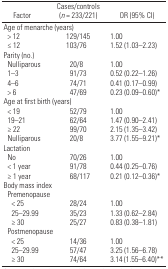
| Factor | Cases/controls (n = 233/221) | OR (95% CI) |
 | --- | --- | --- |
 | <COLSPAN=3> Age of menarche (years) |
 | > 12 | 129/145 | 1.00 |
 | ≤ 12 | 103/76 | 1.52 (1.03–2.23) |
 | <COLSPAN=3> Parity (no.) |
 | Nulliparous | 20/8 | 1.00 |
 | 1–3 | 91/73 | 0.52 (0.22–1.26) |
 | 4–6 | 74/71 | 0.41 (0.17–0.99) |
 | > 6 | 47/69 | 0.23 (0.09–0.60)* |
 | <COLSPAN=3> Age at first birth (years) |
 | < 19 | 52/79 | 1.00 |
 | 19–21 | 62/64 | 1.47 (0.90–2.41) |
 | ≥ 22 | 99/70 | 2.15 (1.35–3.42) |
 | Nulliparous | 20/8 | 3.77 (1.55–9.21)* |
 | <COLSPAN=3> Lactation |
 | No | 70/26 | 1.00 |
 | < 1 year | 91/78 | 0.44 (0.25–0.76) |
 | ≥ 1 year | 68/117 | 0.21 (0.12–0.36)* |
 | <COLSPAN=3> Body mass index |
 | <COLSPAN=3> Premenopause |
 | < 25 | 28/24 | 1.00 |
 | 25–29.99 | 35/23 | 1.33 (0.62–2.84) |
 | ≥ 30 | 25/27 | 0.83 (0.38–1.81) |
 | <COLSPAN=3> Postmenopause |
 | < 25 | 14/36 | 1.00 |
 | 25–29.99 | 57/47 | 3.25 (1.56–6.78) |
 | ≥ 30 | 74/64 | 3.14 (1.55–6.40)** |